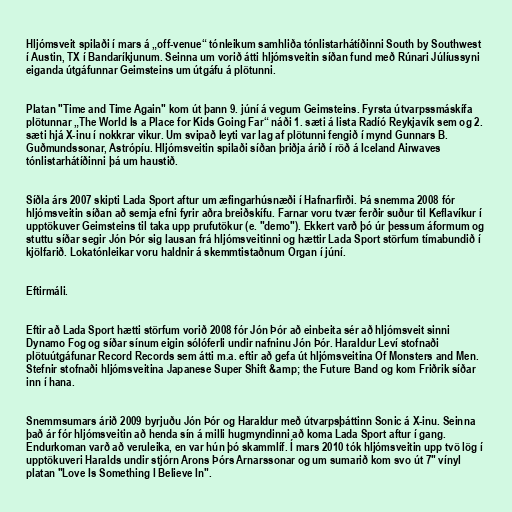
Hljómsveit spilaði í mars á „off-venue“ tónleikum samhliða tónlistarhátíðinni South by Southwest
í Austin, TX í Bandaríkjunum. Seinna um vorið átti hljómsveitin síðan fund með Rúnari Júlíussyni
eiganda útgáfunnar Geimsteins um útgáfu á plötunni.

Platan "Time and Time Again" kom út þann 9. júní á vegum Geimsteins. Fyrsta útvarpssmáskífa
plötunnar „The World Is a Place for Kids Going Far“ náði 1. sæti á lista Radíó Reykjavík sem og 2.
sæti hjá X-inu í nokkrar vikur. Um svipað leyti var lag af plötunni fengið í mynd Gunnars B.
Guðmundssonar, Astrópíu. Hljómsveitin spilaði síðan þriðja árið í röð á Iceland Airwaves
tónlistarhátíðinni þá um haustið.

Síðla árs 2007 skipti Lada Sport aftur um æfingarhúsnæði í Hafnarfirði. Þá snemma 2008 fór
hljómsveitin síðan að semja efni fyrir aðra breiðskífu. Farnar voru tvær ferðir suður til Keflavíkur í
upptökuver Geimsteins til taka upp prufutökur (e. "demo"). Ekkert varð þó úr þessum áformum og
stuttu síðar segir Jón Þór sig lausan frá hljómsveitinni og hættir Lada Sport störfum tímabundið í
kjölfarið. Lokatónleikar voru haldnir á skemmtistaðnum Organ í júní.

Eftirmáli.

Eftir að Lada Sport hætti störfum vorið 2008 fór Jón Þór að einbeita sér að hljómsveit sinni
Dynamo Fog og síðar sínum eigin sólóferli undir nafninu Jón Þór. Haraldur Leví stofnaði
plötuútgáfunar Record Records sem átti m.a. eftir að gefa út hljómsveitina Of Monsters and Men.
Stefnir stofnaði hljómsveitina Japanese Super Shift &amp; the Future Band og kom Friðrik síðar
inn í hana.

Snemmsumars árið 2009 byrjuðu Jón Þór og Haraldur með útvarpsþáttinn Sonic á X-inu. Seinna
það ár fór hljómsveitin að henda sín á milli hugmyndinni að koma Lada Sport aftur í gang.
Endurkoman varð að veruleika, en var hún þó skammlíf. Í mars 2010 tók hljómsveitin upp tvö lög í
upptökuveri Haralds undir stjórn Arons Þórs Arnarssonar og um sumarið kom svo út 7" vínyl
platan "Love Is Something I Believe In".